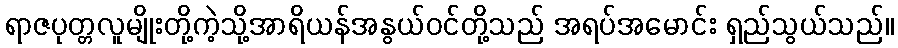
ရာဇပုတ္တလူမျိုးတို့ကဲ့သို့အာရိယန်အနွယ်ဝင်တို့သည် အရပ်အမောင်း ရှည်သွယ်သည်။